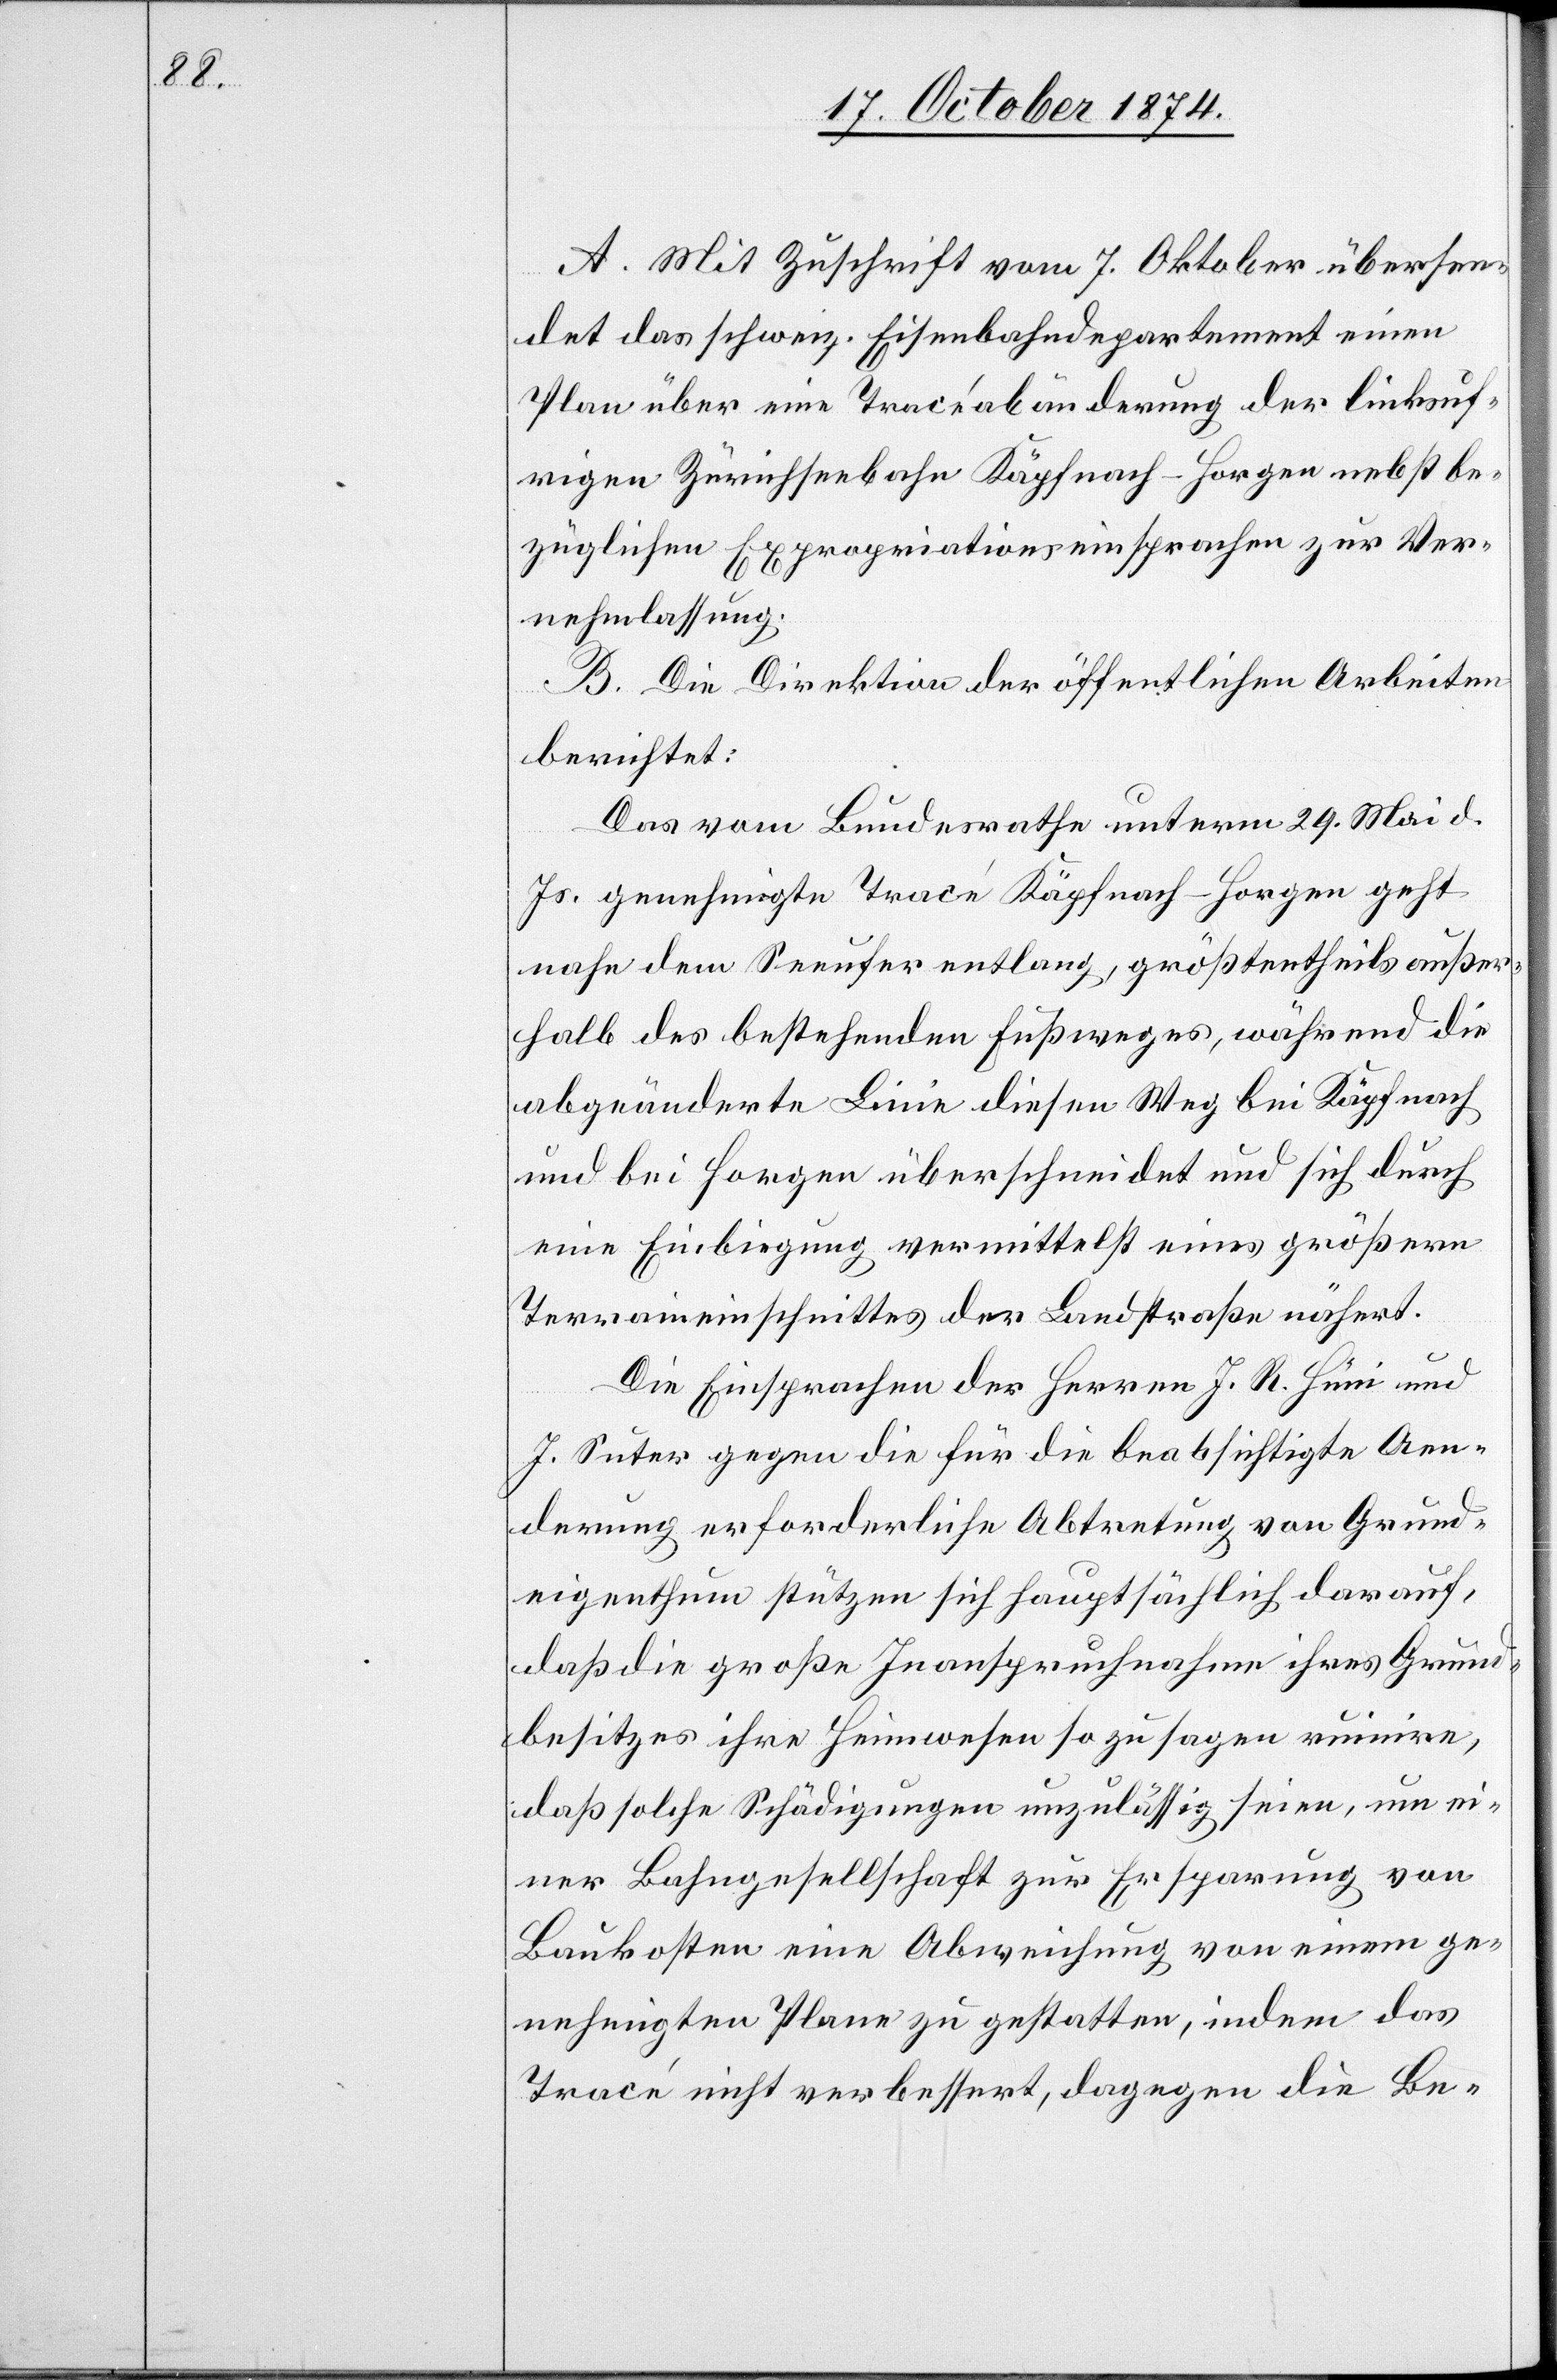
A. Mit Zuschrift vom 7. Oktober übersen¬
det das schweiz. Eisenbahndepartement einen
Plan über eine Tracéabänderung der linksuf¬
rigen Zürichseebahn Käpfnach–Horgen nebst be¬
züglichen Expropriationseinsprachen zur Ver¬
nehmlassung.
B. Die Direktion der öffentlichen Arbeiten
berichtet:
Das vom Bundesrathe unterm 29. Mai d.
Js. genehmigte Tracé Käpfnach–Horgen geht
nahe dem Seeufer entlang, größtentheils außer¬
halb des bestehenden Fußweges, während die
abgeänderte Linie diesen Weg bei Käpfnach
und bei Horgen überschneidet und sich durch
eine Einbiegung vermittelst eines größern
Terraineinschnittes der Landstraße nähert.
Die Einsprachen der Herren J. R. Hüni und
J. Suer gegen die für die beabsichtigte Aen¬
derung erforderliche Abtretung von Grund¬
eigenthum stützen sich hauptsächlich darauf,
daß die große Inanspruchnahme ihres Grund¬
besitzes ihre Heimwesen so zu sagen ruinire,
daß solche Schädigungen unzulässig seien, um ei¬
ner Bahngesellschaft zur Ersparung von
Baukosten eine Abweichung von einem ge¬
nehmigten Plane zu gestatten, indem das
Tracé nicht verbessert, dagegen die Be-